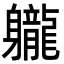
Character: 䡁